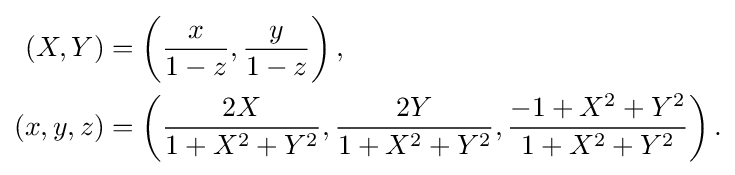
{\begin{aligned}(X,Y)&=\left({\frac {x}{1-z}},{\frac {y}{1-z}}\right),\\(x,y,z)&=\left({\frac {2X}{1+X^{2}+Y^{2}}},{\frac {2Y}{1+X^{2}+Y^{2}}},{\frac {-1+X^{2}+Y^{2}}{1+X^{2}+Y^{2}}}\right).\end{aligned}}